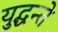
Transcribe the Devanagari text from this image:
युद्धन्ते